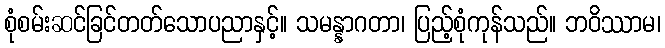
စုံစမ်းဆင်ခြင်တတ်သောပညာနှင့်။ သမန္နာဂတာ၊ ပြည့်စုံကုန်သည်။ ဘဝိဿာမ၊